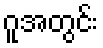
ဂူအတွင်း